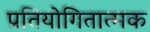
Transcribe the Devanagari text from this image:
प्रतियोगितात्मक